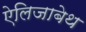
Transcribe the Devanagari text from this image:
ऐलिजाबेथ